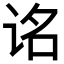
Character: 𬣮